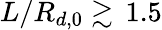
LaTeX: L/R_{d,0}\gtrsim\, 1.5